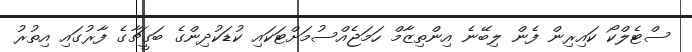
ސްޓެލްކޯ ކައިރިން ފެން ލިބޭނެ އިންތިޒާމް ހަމަޖެއްސުމަށްޓަކައި ކުޑަކުދިންގެ ބަގީޗާގެ ފާރުގައި އިތުރު